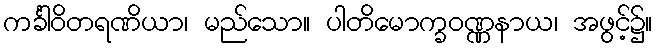
ကင်္ခါဝိတရဏိယာ၊ မည်သော။ ပါတိမောက္ခဝဏ္ဏနာယ၊ အဖွင့်၌။